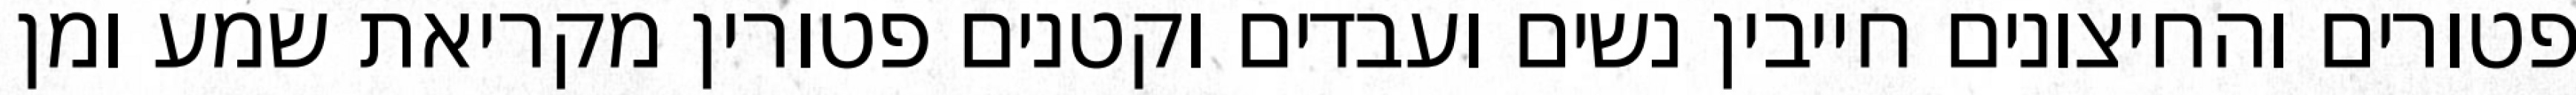
פטורים והחיצונים חייבין נשים ועבדים וקטנים פטורין מקריאת שמע ומן